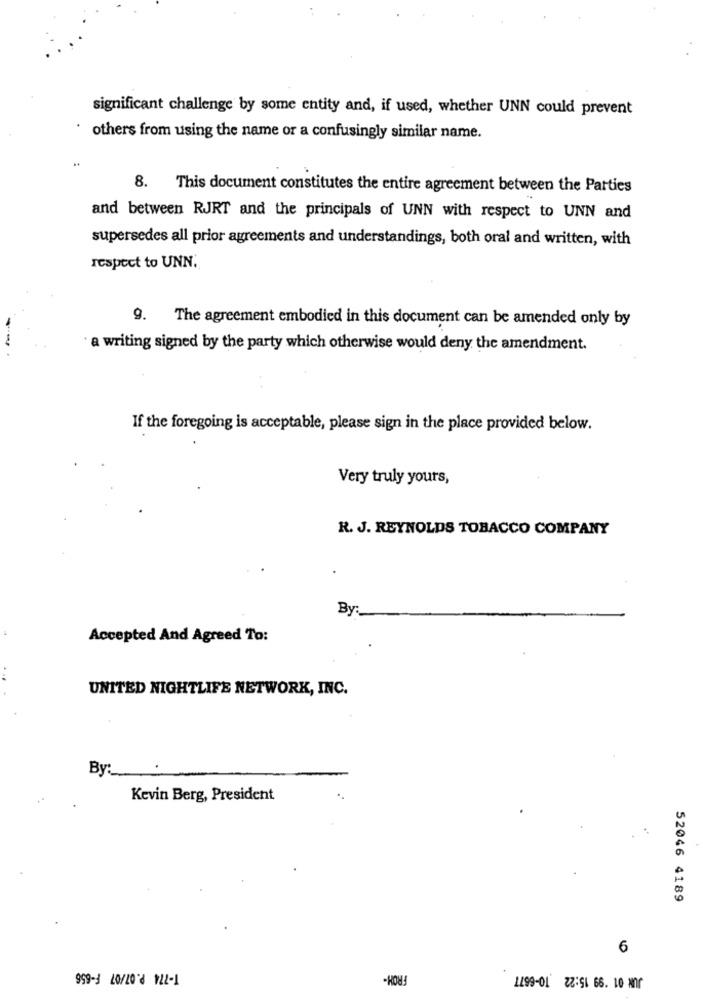
significant challenge by some entity and, if used, whether UNN could prevent
others from using the name or a confusingly similar name.
8. This document constitutes the entire agreement between the Parties
and between RJRT and the principals of UNN with respect to UNN and
supersedes all prior agreements and understandings, both oral and written, with
respect to UNN.
9. The agreement embodied in this document can be amended only by
--
a writing signed by the party which otherwise would deny the amendment.
If the foregoing is acceptable, please sign in the place provided below.
Very truly yours,
R. J. REYNOLDS TOBACCO COMPANY
By:
Accepted And Agreed To:
UNITED NIGHTLIFE NETWORK, INC.
By:
Kevin Berg, President
52046 4189
6
T-774 P.07/07 F-656
FROM-
1199-01 2:51 66.10 01